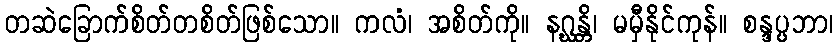
တဆဲခြောက်စိတ်တစိတ်ဖြစ်သော။ ကလံ၊ အစိတ်ကို။ နဂ္ဃန္တိ၊ မမှီနိုင်ကုန်။ စန္ဒပ္ပဘာ၊